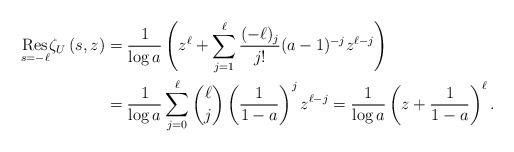
LaTeX: \begin{align*}\underset{s=-\ell}{\mathrm{Res}}\zeta _{U}\left( s,z\right)& =\frac{1}{\log a}\left( z^{\ell} + \sum_{j=1}^{\ell} \frac{(-\ell)_j }{j!} (a-1)^{-j} z^{\ell-j}\right) \\&= \frac{1}{\log a} \sum_{j=0}^{\ell} \binom{\ell}{j}\left(\frac{1}{1-a}\right)^j z^{\ell-j} = \frac{1}{\log a} \left(z+\frac{1}{1-a}\right)^\ell.\end{align*}